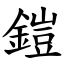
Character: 鎧